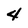
Character: 4